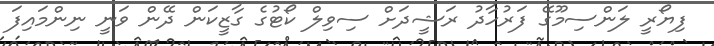
ފިޔޯރީ ލަންސިމޫގޭ ފަރުހާދު ރަޝީދަށް ސިވިލް ކޯޓުގެ ގާޒީކަން ދޭން ވަނީ ނިންމައިފަ